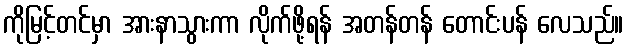
ကိုမြင့်တင်မှာ အားနာသွားကာ လိုက်ဖို့ရန် အတန်တန် တောင်းပန် လေသည်။